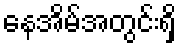
နေအိမ်အတွင်းရှိ